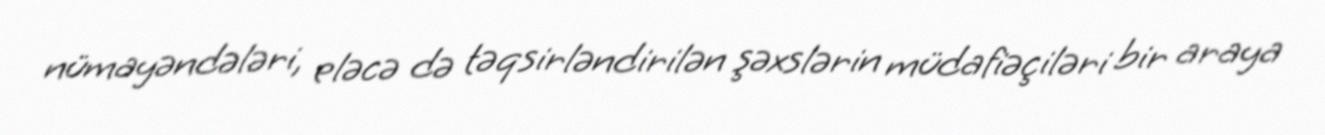
nümayəndələri, eləcə də təqsirləndirilən şəxslərin müdafiəçiləri bir araya